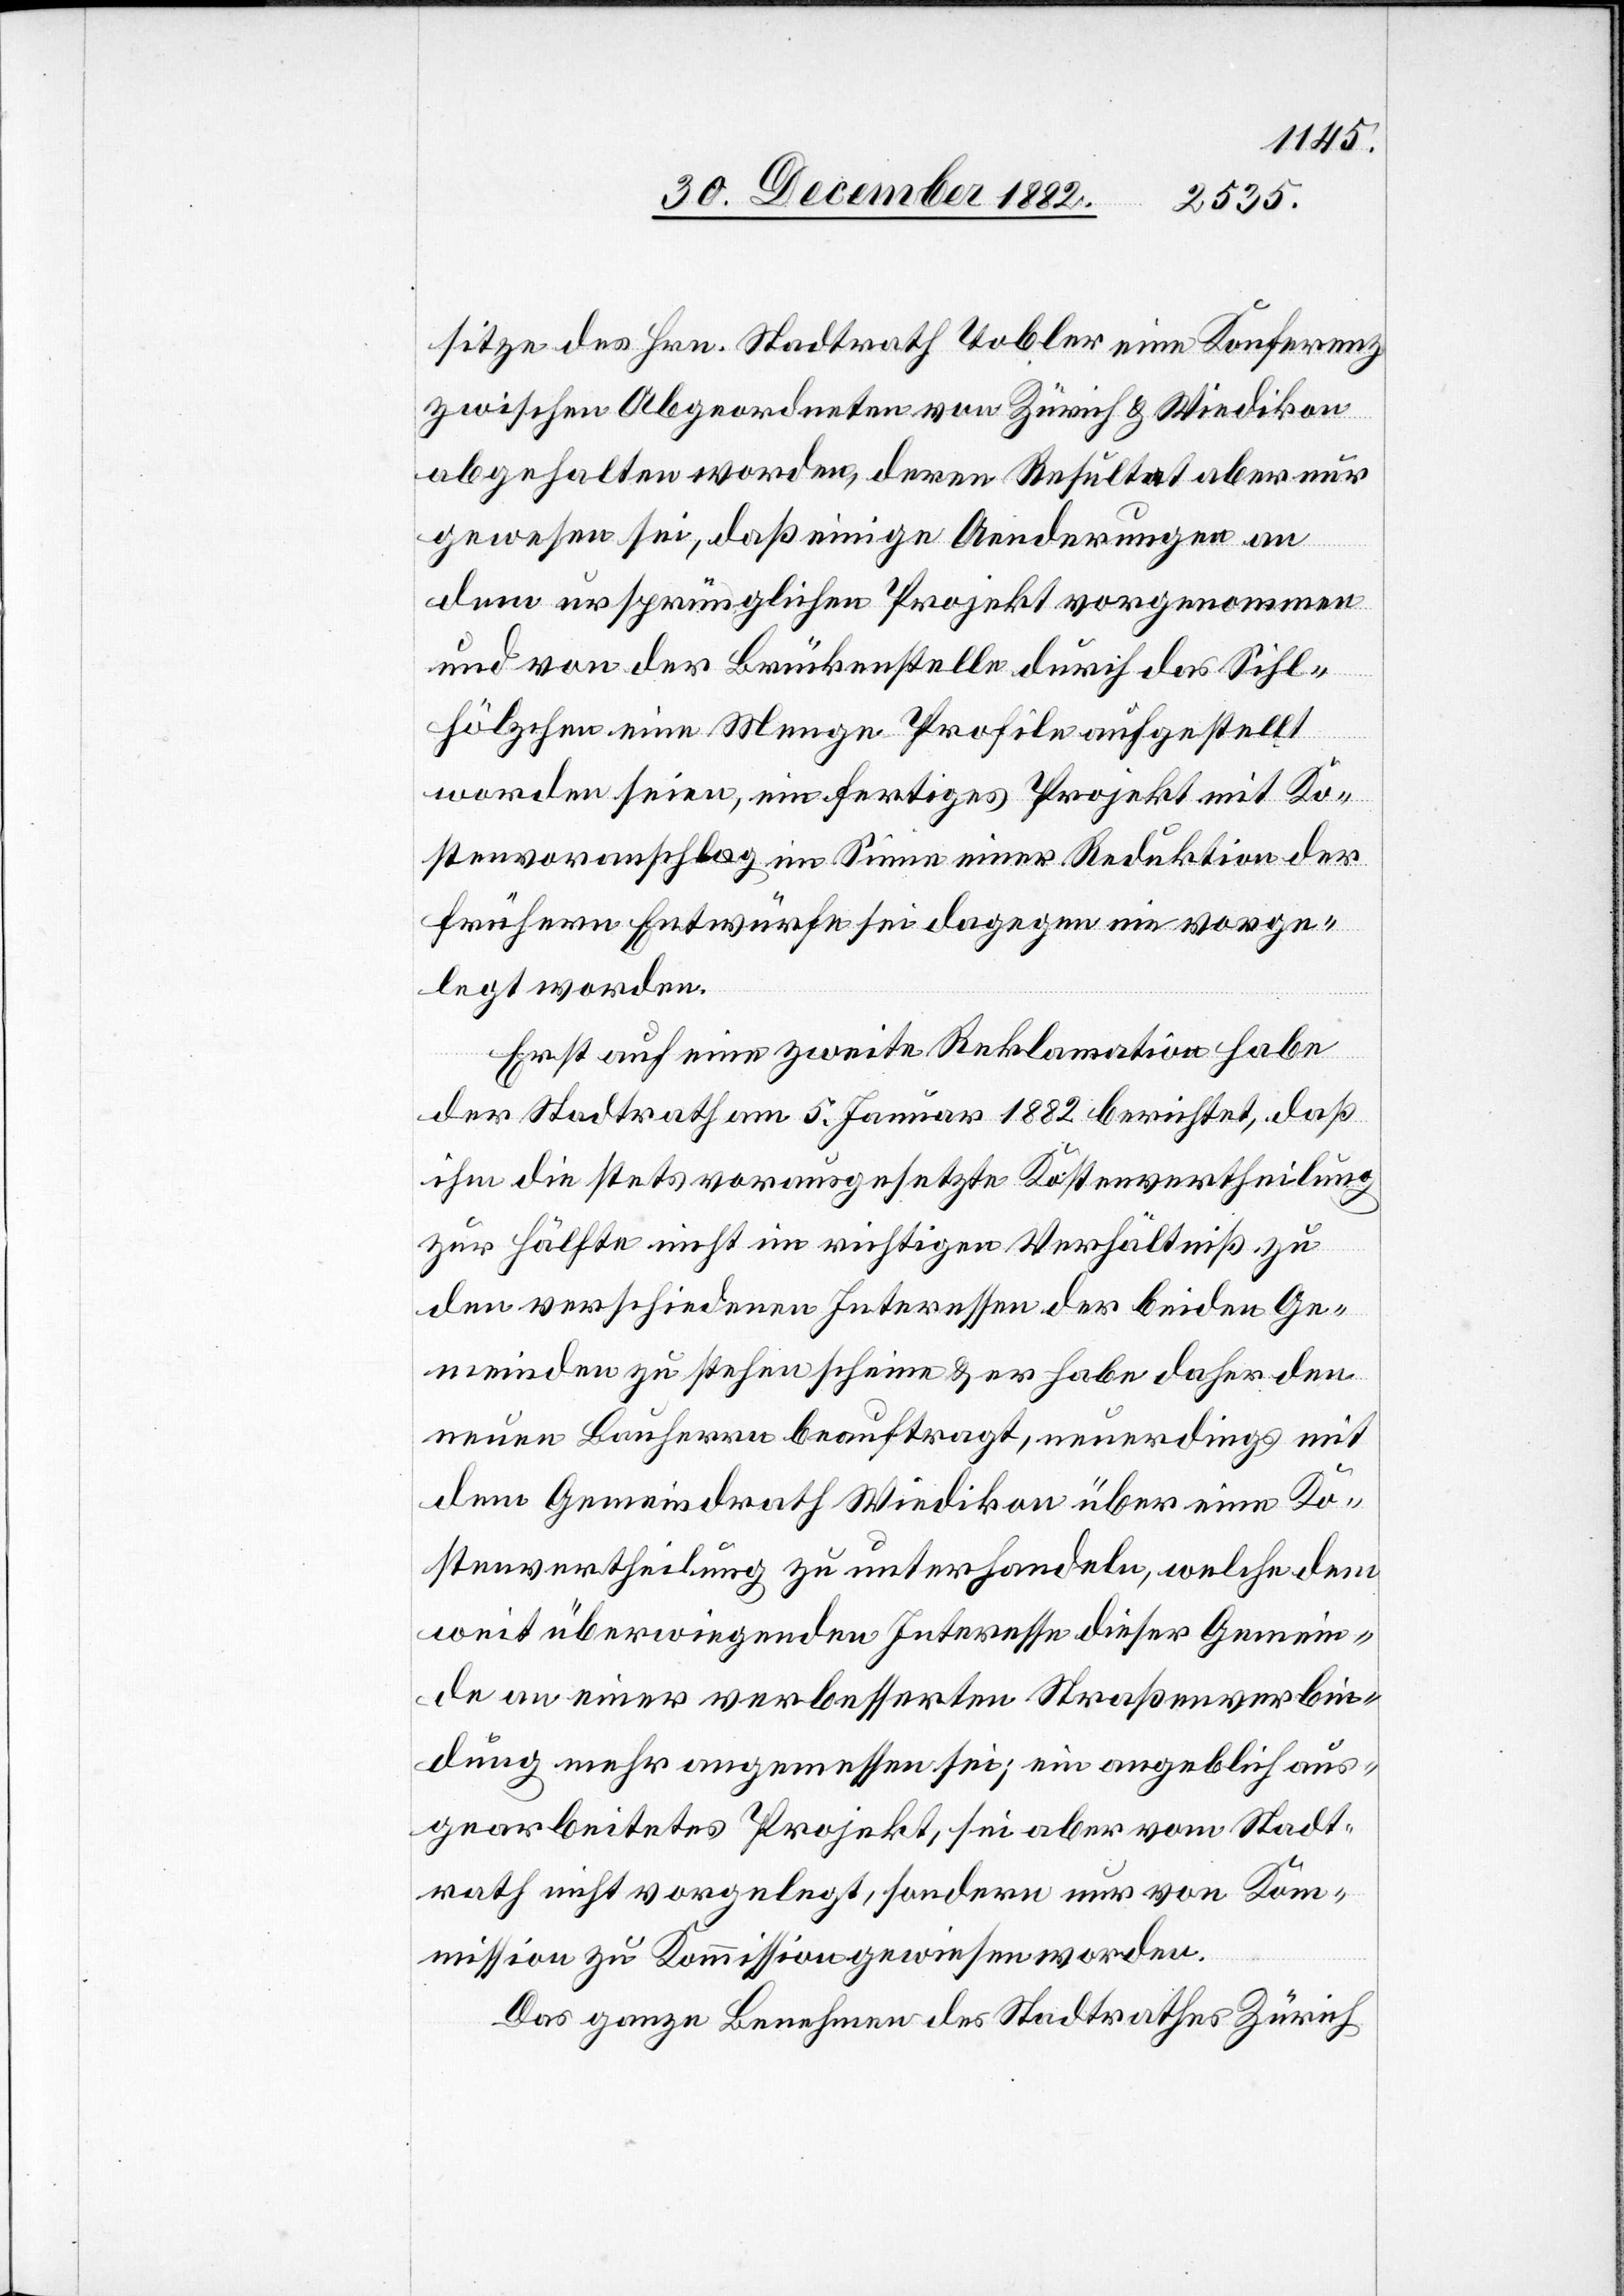
sitze des Hrn. Stadtrath Tobler eine Konferenz
zwischen Abgeordneten von Zürich & Wiedikon
abgehalten worden, deren Resultat aber nur
gewesen sei, daß einige Aenderungen an
dem ursprünglichen Projekt vorgenommen
und von der Brückenstelle durch das Sihl¬
hölzchen eine Menge Profile aufgestellt
worden seien, ein fertiges Projekt mit Ko¬
stenvoranschlag im Sinne einer Reduktion der
frühern Entwürfe sei dagegen nie vorge¬
legt worden.
Erst auf eine zweite Reklamation habe
der Stadtrath am 5. Januar 1882 berichtet, daß
ihm die stets vorausgesetzt Kostenvertheilung
zur Hälfte nicht im richtigen Verhältniß zu
den verschiedenen Interessen der beiden Ge¬
meinden zu stehen scheine & er habe daher den
neuen Bauherrn beauftragt, neuerdings mit
dem Gemeindrath Wiedikon über eine Ko¬
stenvertheilung zu unterhandeln, welche dem
weit überwiegenden Interesse dieser Gemein¬
de an einer verbesserten Straßenverbin¬
dung mehr angemessen sei; ein angeblich aus¬
gearbeitetes Projekt, sei aber vom Stadt¬
rath nicht vorgelegt, sondern nur von Kom¬
mission zu Kommission gewiesen worden.
Das ganze Benehmen des Stadtrathes Zürich